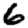
Digit: 6